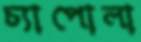
চ্যাপোলা